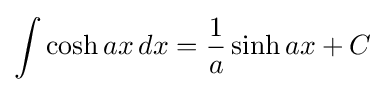
\int \cosh ax\,dx={\frac {1}{a}}\sinh ax+C